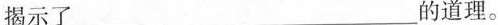
揭示了___的道理。